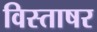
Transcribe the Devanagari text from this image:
विस्ताषर